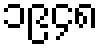
၁၉၄၈